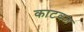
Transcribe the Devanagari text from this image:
काटवल